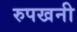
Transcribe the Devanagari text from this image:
रुपखनी